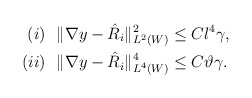
\begin{align*}(i) & \ \ \Vert \nabla y - \hat{R}_i\Vert^2_{L^2(W)} \le C l^4 \gamma,\\(ii) & \ \ \Vert \nabla y - \hat{R}_i\Vert^4_{L^4(W)} \le C \vartheta \gamma.\end{align*}